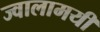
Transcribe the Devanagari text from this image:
ज्‍वालामयी